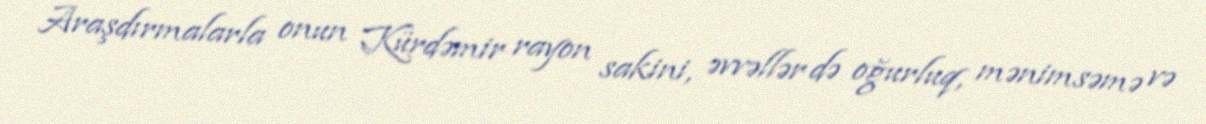
Araşdırmalarla onun Kürdəmir rayon sakini, əvvəllər də oğurluq, mənimsəmə və